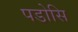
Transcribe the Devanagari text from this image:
पडोसि